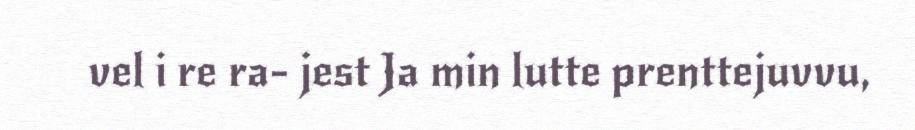
vel i re ra- jest Ja min lutte prenttejuvvu,